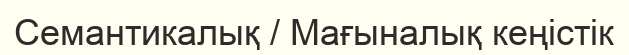
Семантикалық / Мағыналық кеңістік